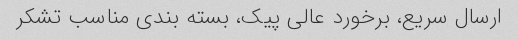
ارسال سریع، برخورد عالی پیک، بسته بندی مناسب تشکر